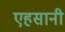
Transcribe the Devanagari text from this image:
एहसानी